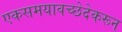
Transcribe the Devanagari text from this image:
एकसमयावच्छेदेकरून